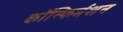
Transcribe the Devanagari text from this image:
कॉन्फिर्मशन